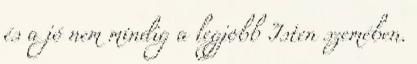
és a jó nem mindig a legjobb Isten szemében.